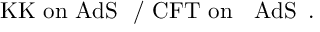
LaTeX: \mathrm { K K ~ o n ~ A d S ~ } \, \, / \, \, \mathrm { C F T ~ o n ~ \partial ~ A d S ~ } \, .